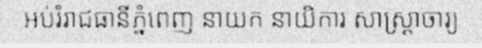
អប់រំរាជធានីភ្នំពេញ នាយក នាយិការ សាស្ត្រាចារ្យ